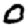
Digit: 0